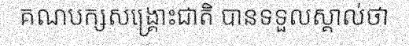
គណបក្សសង្គ្រោះជាតិ បានទទួលស្គាល់ថា